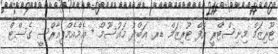
ޓޫރިޒަމް މިނިސްޓްރީ އޮފް ޓޫރިޒަމް ޑރ. އަބްދު މައުސޫމް + އެމްއެމްޕީއާރްސީ ގެސްޓް